Tezpur Lunatic Asylum reports 1895-1904 - 1895-1904
Year: 1895
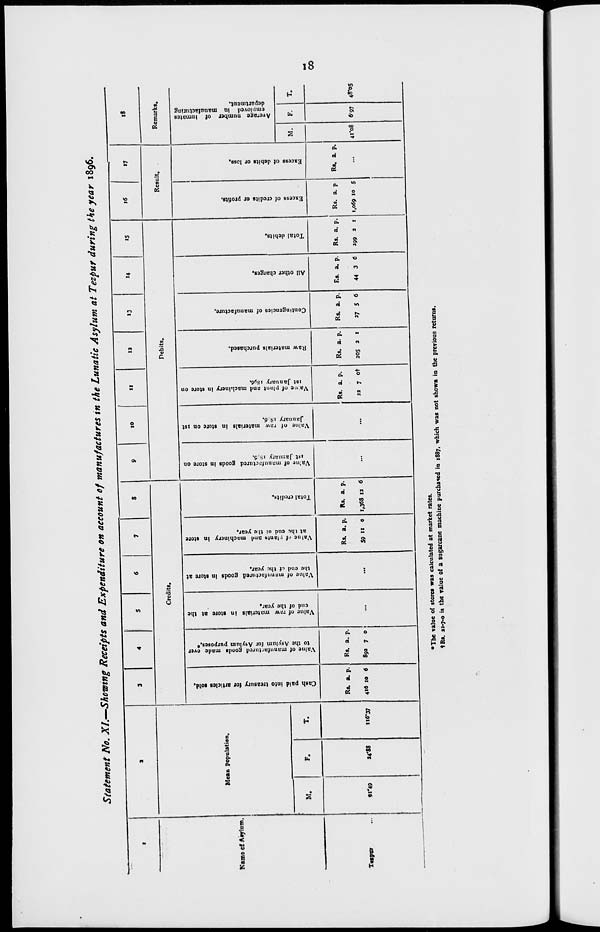
O r»
n o
s •
c *
n m
w s
§ a
a 5*
a 3
c
ST
0)
3=
sr
n'
1
9
O
<n
sr
o
5 n
g
*
7.
'
I
B
I
1
o
1
a.
>
*•
4.
a
:
3
ft
g
2
1 a
•o
M
I"
o
M
S3
6,
3
«5
H
H
**
*.
50
s
Cash paid into treasury for articles sold.
U
«
•O
09
50
ft
Value of manufactured goods made over
vl
»
to the Asylum for Asylum purposes.*
*»
O
•a
Value of raw materials in store at the
*
end of the year.
o
In
n
1
s
Value of manufactured goods in store at
the end . t tin. year.
01
ss
50
<o
1*
Value cf i lant* and machinery in store
«>
at the end o, the year.
«J
o
•p
o
7*
M
P>
Total credits.
M
0)
"?
Va'ue of mnnnfrrtured goods in store on
ist January is.5.
<o
Value of raw materials in store on ist
January iS 6.
3
g
50
Va ne of plant and machinery in store on
M
**
f
ist January iSy6.
**
o
T3
•*
"3
n
cr
a 50
Raw materials purchased.
.
M
W
5>
-
■JS
u
50
VJ
in
ft>
Contingencies of manufacture.
U
0>
•fl
5^
*
f
All other charges.
4k
U
. w
o>
"p
g
50
Total dehits.
in
•»
p
-
7
a 50
»
■
Excess of credits or profits,
Ot
o
p
en
•o
50
o
c
50
•*
•
Excess of debits or loss.
*»
*.
o
2
00
50 h
0)
•*J
Average number of Inmates
3
3
employed in manufacturing
department.
§
IT
H
1
,H
ft
S3
I
R
ft
R
a
a
ft
a
I
«■*
R
5
rt»
R
§
ft
R
X
ft.
R
^t
»*.
•?
«>♦»
«*«
rt>
ft
00
VO
81